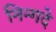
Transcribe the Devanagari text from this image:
निन्गदे